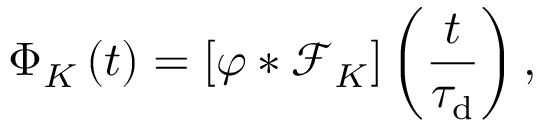
\Phi _ { K } \left( t \right) = \left[ \varphi * \mathcal { F } _ { K } \right] \left( \frac { t } { \tau _ { \mathrm { d } } } \right) ,